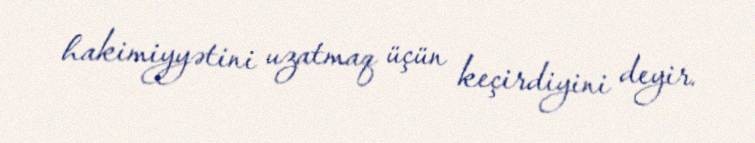
hakimiyyətini uzatmaq üçün keçirdiyini deyir.